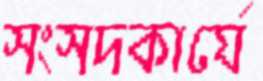
সংসদকার্যে